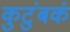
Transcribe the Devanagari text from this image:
कुटुंबकं